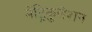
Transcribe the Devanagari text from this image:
मेंट्रिकुलेशन